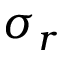
\sigma _ { r }